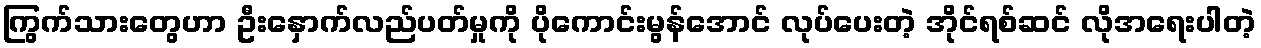
ကြွက်သားတွေဟာ ဦးနှောက်လည်ပတ်မှုကို ပိုကောင်းမွန်အောင် လုပ်ပေးတဲ့ အိုင်ရစ်ဆင် လိုအရေးပါတဲ့